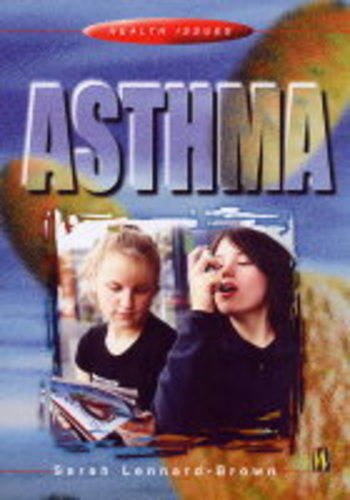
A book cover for Asthma (Health Issues); Sarah Lennard-Brown; Health, Fitness & Dieting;